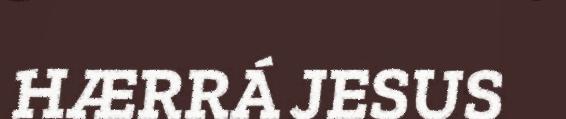
HÆRRÁ JESUS